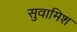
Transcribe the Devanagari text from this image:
सुवामिश